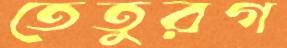
তেতুরগ